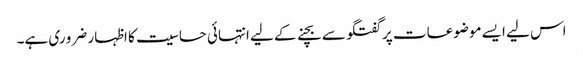
اس لیے ایسے موضوعات پر گفتگو سے بچنے کے لیے انتہائی حساسیت کا اظہار ضرو ری ہے۔